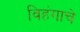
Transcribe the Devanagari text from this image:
विहंगाचे